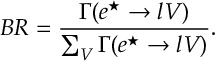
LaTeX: B R = \frac { \Gamma ( e ^ { \star } \rightarrow l V ) } { \sum _ { V } \Gamma ( e ^ { \star } \rightarrow l V ) } .